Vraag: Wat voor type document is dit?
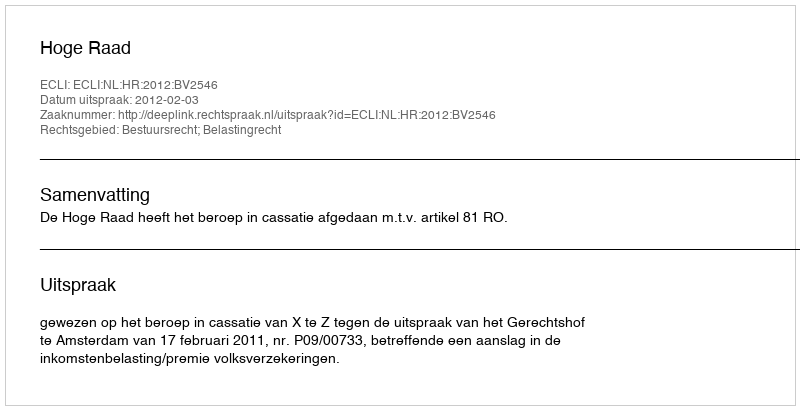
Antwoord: Uitspraak